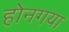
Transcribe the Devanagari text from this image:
होनगया